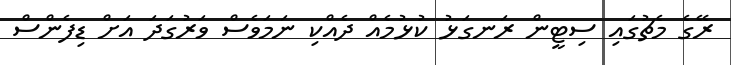
ރޭގެ މެޗުގައި ސިޓީން ރަނގަޅު ކުޅުމެއް ދެއްކި ނަމަވެސް ވަރުގަދަ އަށް ޑިފެންސް